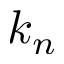
k _ { n }